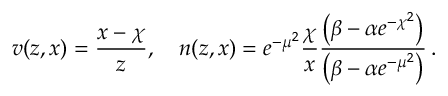
v ( z , x ) = \frac { x - \chi } { z } , \quad n ( z , x ) = e ^ { - \mu ^ { 2 } } \frac { \chi } { x } \frac { \left( \beta - \alpha e ^ { - \chi ^ { 2 } } \right) } { \left( \beta - \alpha e ^ { - \mu ^ { 2 } } \right) } \, .